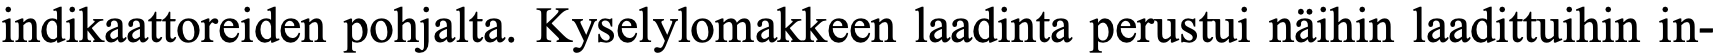
indikaattoreiden pohjalta. Kyselylomakkeen laadinta perustui näihin laadittuihin in-